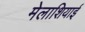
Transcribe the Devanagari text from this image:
मेलाशियाई